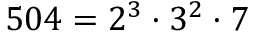
5 0 4 = 2 ^ { 3 } \cdot 3 ^ { 2 } \cdot 7